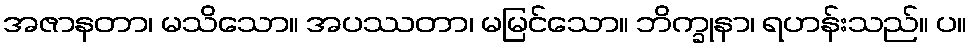
အဇာနတာ၊ မသိသော။ အပဿတာ၊ မမြင်သော။ ဘိက္ခုနာ၊ ရဟန်းသည်။ ပ။